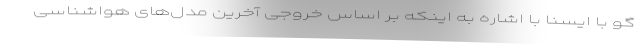
گو با ایسنا با اشاره به اینکه بر اساس خروجی آخرین مدل‌های هواشناسی